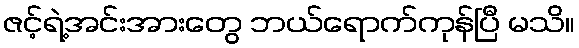
ဇင့်ရဲ့အင်းအားတွေ ဘယ်ရောက်ကုန်ပြီ မသိ။